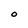
Character: O